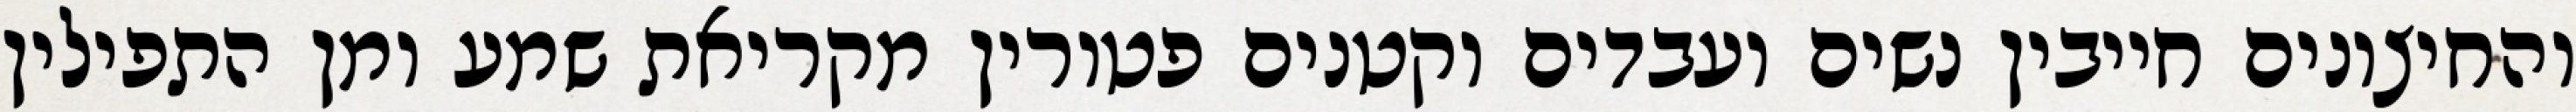
והחיצונים חייבין נשים ועבדים וקטנים פטורין מקריאת שמע ומן התפילין